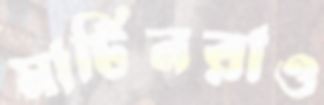
মার্টিনরাও